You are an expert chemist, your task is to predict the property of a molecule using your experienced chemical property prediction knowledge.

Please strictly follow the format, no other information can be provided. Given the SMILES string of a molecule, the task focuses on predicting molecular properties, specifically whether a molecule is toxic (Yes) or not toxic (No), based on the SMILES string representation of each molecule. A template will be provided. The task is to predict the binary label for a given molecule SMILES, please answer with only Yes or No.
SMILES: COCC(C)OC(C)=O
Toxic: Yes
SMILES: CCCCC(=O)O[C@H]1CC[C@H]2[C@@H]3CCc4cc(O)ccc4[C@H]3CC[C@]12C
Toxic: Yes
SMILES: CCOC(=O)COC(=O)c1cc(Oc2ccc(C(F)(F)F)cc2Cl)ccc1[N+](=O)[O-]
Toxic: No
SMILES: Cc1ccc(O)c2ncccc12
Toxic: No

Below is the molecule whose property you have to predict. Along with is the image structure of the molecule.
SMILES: CC1(CO)CN(c2ccccc2)NC1=O
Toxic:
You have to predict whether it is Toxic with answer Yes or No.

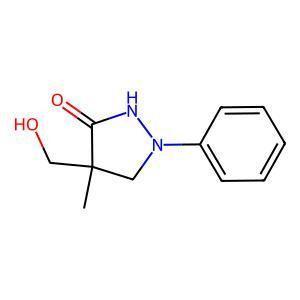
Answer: No